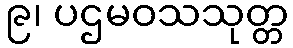
၉၊ ပဌမဝသသုတ္တ